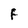
Character: F